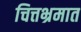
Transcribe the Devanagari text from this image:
चित्तभ्रमात